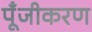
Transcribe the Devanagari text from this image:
पूँजीकरण